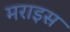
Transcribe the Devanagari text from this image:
मराइस